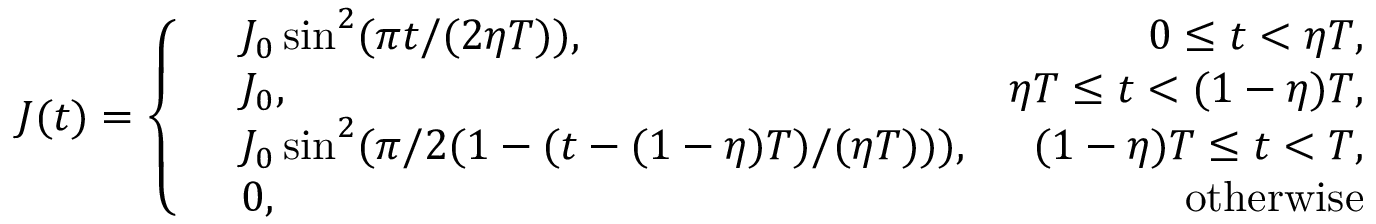
J ( t ) = \left\{ \begin{array} { r l r } & { J _ { 0 } \sin ^ { 2 } ( \pi t / ( 2 \eta T ) ) , } & { 0 \le t < \eta T , } \\ & { J _ { 0 } , } & { \eta T \le t < ( 1 - \eta ) T , } \\ & { J _ { 0 } \sin ^ { 2 } ( \pi / 2 ( 1 - ( t - ( 1 - \eta ) T ) / ( \eta T ) ) ) , } & { ( 1 - \eta ) T \le t < T , } \\ & { 0 , } & { \mathrm { o t h e r w i s e } } \end{array} \right.